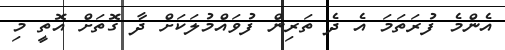
އެންމެ ފުރަތަމަ އެ ދެ ތަރިން ފުވައްމުލަކަށް ދާ ގޮތަށް އޮތީ މި